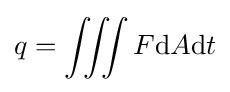
q=\iiint F\mathrm {d} A\mathrm {d} t